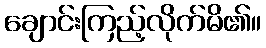
ချောင်းကြည့်လိုက်မိ၏။